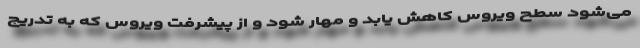
می‌شود سطح ویروس کاهش یابد و مهار شود و از پیشرفت ویروس که به تدریج